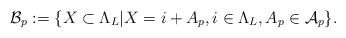
LaTeX: \begin{align*}{\cal B}_p:= \{X \subset \Lambda_L | X= i+ A_p, i\in \Lambda_L, A_p\in {\cal A}_p \}.\end{align*}